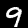
Label: 9